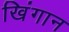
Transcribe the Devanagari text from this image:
खिंगान